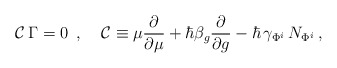
\begin{align*}{\cal C\,}\Gamma =0\,\,\,,\,\;\;\,\,{\cal C}\equiv \mu \frac \partial{\partial \mu }+\hbar \beta _g\frac \partial {\partial g}-\hbar \,\gamma_{\Phi ^i}\,N_{\Phi ^i}\,, \end{align*}